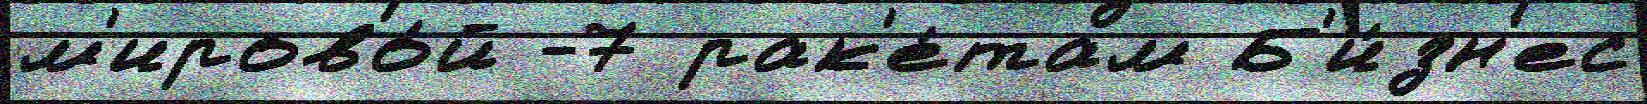
м'ирово́й -7 рак'е́там Б'и́зн'ес